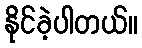
နိုင်ခဲ့ပါတယ်။